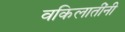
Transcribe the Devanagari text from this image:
वकिलातींनी